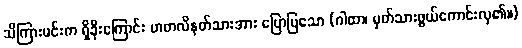
သိကြားမင်းက ရှိခိုးကြောင်း မာတလိနတ်သားအား ပြောပြသော (ဂါထာ၊ မှတ်သားဖွယ်ကောင်းလှ၏။)